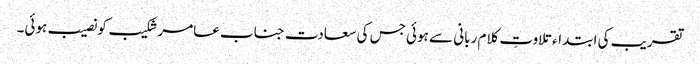
تقریب کی ابتداء تلاوتِ کلام ربانی سے ہوئی جس کی سعادت جناب عامر شکیب کو نصیب ہوئی۔